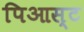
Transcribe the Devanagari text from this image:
पिआस्ट